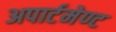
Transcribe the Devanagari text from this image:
अपार्टमेण्ट